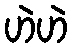
ဟဲဟဲ